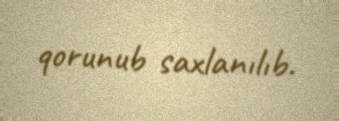
qorunub saxlanılıb.